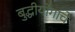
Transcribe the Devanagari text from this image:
बुद्धीयोगाचे